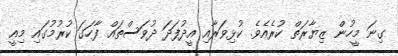
ގިނަ މީހުން ޒިޔާރަތް ކުރެއެވެ. ކުޅިވަރާއި އީދުފަދަ ދުވަސްތައް ފާހަގަ ކުރުމުގައި މިއީ